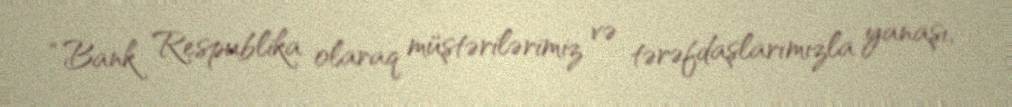
“Bank Respublika olaraq müştərilərimiz və tərəfdaşlarımızla yanaşı,